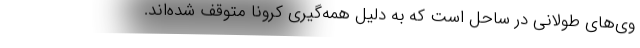
وی‌های طولانی در ساحل است که به دلیل همه‌گیری کرونا متوقف شده‌اند.